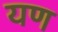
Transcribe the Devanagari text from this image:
यण